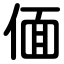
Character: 偭